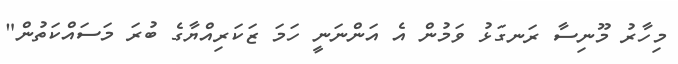
މިހާރު މޫނިސާ ރަނގަޅު ވަމުން އެ އަންނަނީ ހަމަ ޒަކަރިއްޔާގެ ބުރަ މަސައްކަތުން"